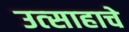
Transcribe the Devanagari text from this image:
उत्‍साहाचे